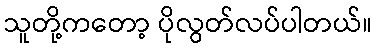
သူတို့ကတော့ ပိုလွတ်လပ်ပါတယ်။